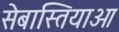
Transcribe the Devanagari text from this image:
सेबास्तियाओ